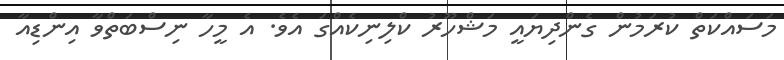
މަސައްކަތް ކުރަމުން ގެންދިޔައީ މަޝްހޫރު ކްލިނިކެއްގަ އެވެ. އެ މީހާ ނިސްބަތްވާ އިންޑިއާ